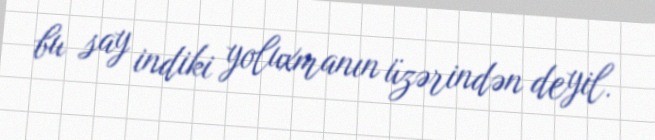
bu say indiki yoluxmanın üzərindən deyil.